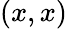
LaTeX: (x,x)